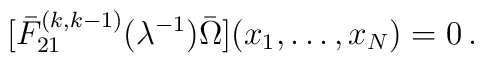
[\bar F_{21}^{(k,k-1)}(\lambda ^{-1})\bar \Omega ](x_1, \ldots , x_N)=0 \, .